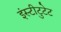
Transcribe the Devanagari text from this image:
इंस्टीटुटेट